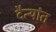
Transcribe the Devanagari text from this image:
दैत्यांत